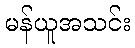
မန်ယူအသင်း